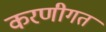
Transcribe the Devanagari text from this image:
करणीगत